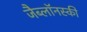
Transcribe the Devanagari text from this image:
जैब्लाॅनस्की